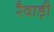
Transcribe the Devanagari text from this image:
रैवाड़ी